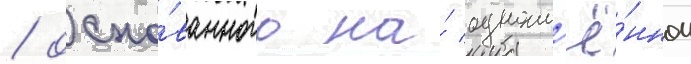
/ осно́ванного на́ одноим'ё́нном